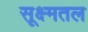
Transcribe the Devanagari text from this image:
सूक्ष्मतल